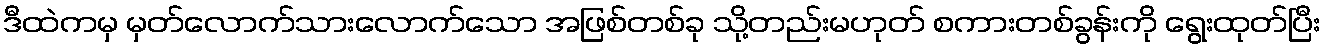
ဒီထဲကမှ မှတ်လောက်သားလောက်သော အဖြစ်တစ်ခု သို့တည်းမဟုတ် စကားတစ်ခွန်းကို ရွေးထုတ်ပြီး